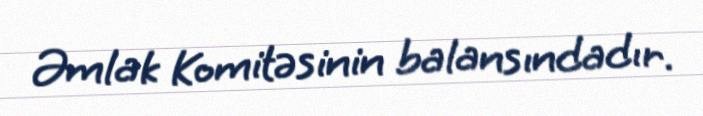
Əmlak Komitəsinin balansındadır.